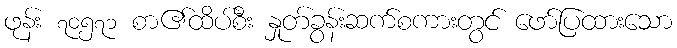
ဖုန်း ၇၀၅၇၁ စာ၏ထိပ်စီး နှုတ်ခွန်းဆက်စကားတွင် ဖော်ပြထားသော